Lunatic asylums Central Provinces reports 1895-1909 - 1895-1909
Year: 1895
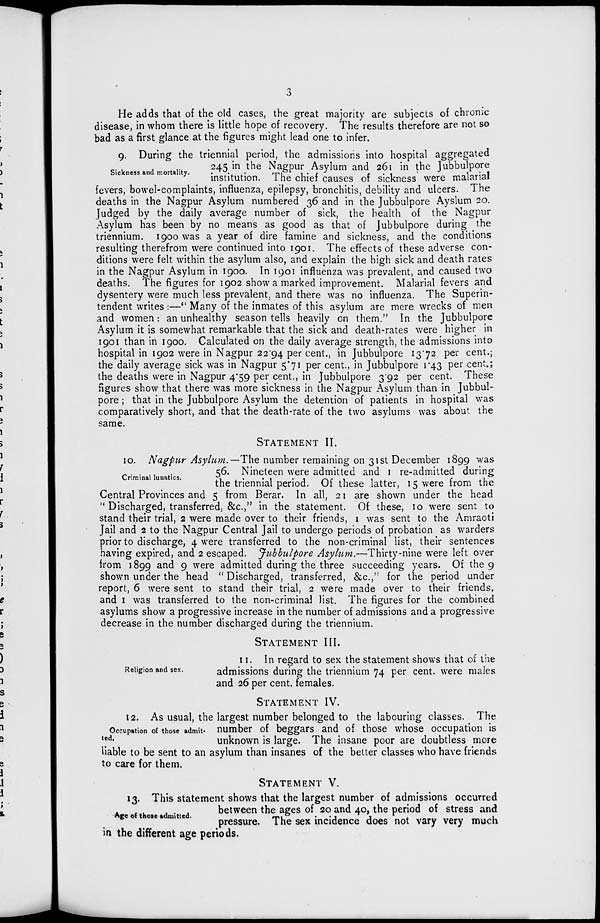
3
He adds that of the old cases, the great majority are subjects of chronic
disease, in whom there is little hope of recovery. The results therefore are not so
bad as a first glance at the figures might lead one to infer.
Sickness and mortality.
9. During the triennial period, the admissions into hospital aggregated
245 in the Nagpur Asylum and 261 in the Jubbulpore
institution. The chief causes of sickness were malarial
fevers, bowel-complaints, influenza, epilepsy, bronchitis, debility and ulcers. The
deaths in the Nagpur Asylum numbered 36 and in the Jubbulpore Ayslum 20.
Judged by the daily average number of sick, the health of the Nagpur
Asylum has been by no means as good as that of Jubbulpore during the
triennium. 1900 was a year of dire famine and sickness, and the conditions
resulting therefrom were continued into 1901. The effects of these adverse con-
ditions were felt within the asylum also, and explain the high sick and death rates
in the Nagpur Asylum in 1900. In 1901 influenza was prevalent, and caused two
deaths. The figures for 1902 show a marked improvement. Malarial fevers and
dysentery were much less prevalent, and there was no influenza. The Superin-
tendent writes :—" Many of the inmates of this asylum are mere wrecks of men
and women: an unhealthy season tells heavily on them." In the Jubbulpore
Asylum it is somewhat remarkable that the sick and death-rates were higher in
1901 than in 1900. Calculated on the daily average strength, the admissions into
hospital in 1902 were in Nagpur 22.94 per cent., in Jubbulpore 13.72 per cent.;
the daily average sick was in Nagpur 5.71 per cent., in Jubbulpore 1.43 per cent.;
the deaths were in Nagpur 4.59 per cent., in Jubbulpore 3.92 per cent. These
figures show that there was more sickness in the Nagpur Asylum than in Jubbul-
pore ; that in the Jubbulpore Asylum the detention of patients in hospital was
comparatively short, and that the death-rate of the two asylums was about the
same.
STATEMENT II.
Criminal lunatics.
10. Nagpur Asylum. —The number remaining on 31st December 1899 was
56. Nineteen were admitted and 1 re-admitted during
the triennial period. Of these latter, 15 were from the
Central Provinces and 5 from Berar. In all, 21 are shown under the head
" Discharged, transferred, &c.," in the statement. Of these, 10 were sent to
stand their trial, 2 were made over to their friends, 1 was sent to the Amraoti
Jail and 2 to the Nagpur Central Jail to undergo periods of probation as warders
prior to discharge, 4 were transferred to the non-criminal list, their sentences
having expired, and 2 escaped. Jubbulpore Asylum.—Thirty-nine were left over
from 1899 and 9 were admitted during the three succeeding years. Of the 9
shown under the head " Discharged, transferred, &c.," for the period under
report, 6 were sent to stand their trial, 2 were made over to their friends,
and 1 was transferred to the non-criminal list. The figures for the combined
asylums show a progressive increase in the number of admissions and a progressive
decrease in the number discharged during the triennium.
STATEMENT III.
Religion and sex.
11. In regard to sex the statement shows that of the
admissions during the triennium 74 per cent. were males
and 26 per cent. females.
STATEMENT IV.
Occupation of those admit-
ted.
12. As usual, the largest number belonged to the labouring classes. The
number of beggars and of those whose occupation is
unknown is large. The insane poor are doubtless more
liable to be sent to an asylum than insanes of the better classes who have friends
to care for them.
STATEMENT V.
Age of those admitted.
13. This statement shows that the largest number of admissions occurred
between the ages of 20 and 40, the period of stress and
pressure. The sex incidence does not vary very much
in the different age periods.